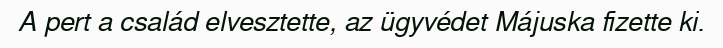
A pert a család elvesztette, az ügyvédet Májuska fizette ki.